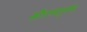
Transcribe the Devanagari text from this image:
कौशल्यपुर्वक